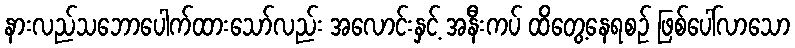
နားလည်သဘောပေါက်ထားသော်လည်း အလောင်းနှင့် အနီးကပ် ထိတွေ့နေရစဉ် ဖြစ်ပေါ်လာသော